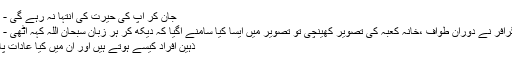
جان کر آپ کی حیرت کی انتہا نہ رہے گی - Click here
سعودی فوٹو گرافر نے دوران طواف ،خانہ کعبہ کی تصویر کھینچی تو تصویر میں ایسا کیا سامنے آگیا کہ دیکھ کر ہر زبان سبحان اللہ کہہ اٹھی - Click here
ذہین افراد کیسے ہوتے ہیں اور ان میں کیا عادات پائی جاتی ہیں ؟